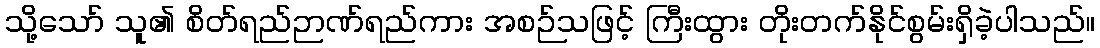
သို့သော် သူ၏ စိတ်ရည်ဉာဏ်ရည်ကား အစဉ်သဖြင့် ကြီးထွား တိုးတက်နိုင်စွမ်းရှိခဲ့ပါသည်။